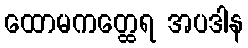
ထောမကတ္ထေရ အပဒါန